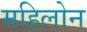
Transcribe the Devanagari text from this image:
महिलोन